Bréfritari: Jakobína Jónsdóttir
Viðtakandi: Sólveig Jónsdóttir
Dagsetning: A-1853-01-04
Skrifað á: Hólmum  S-Múl.
systir bréfviðtakanda

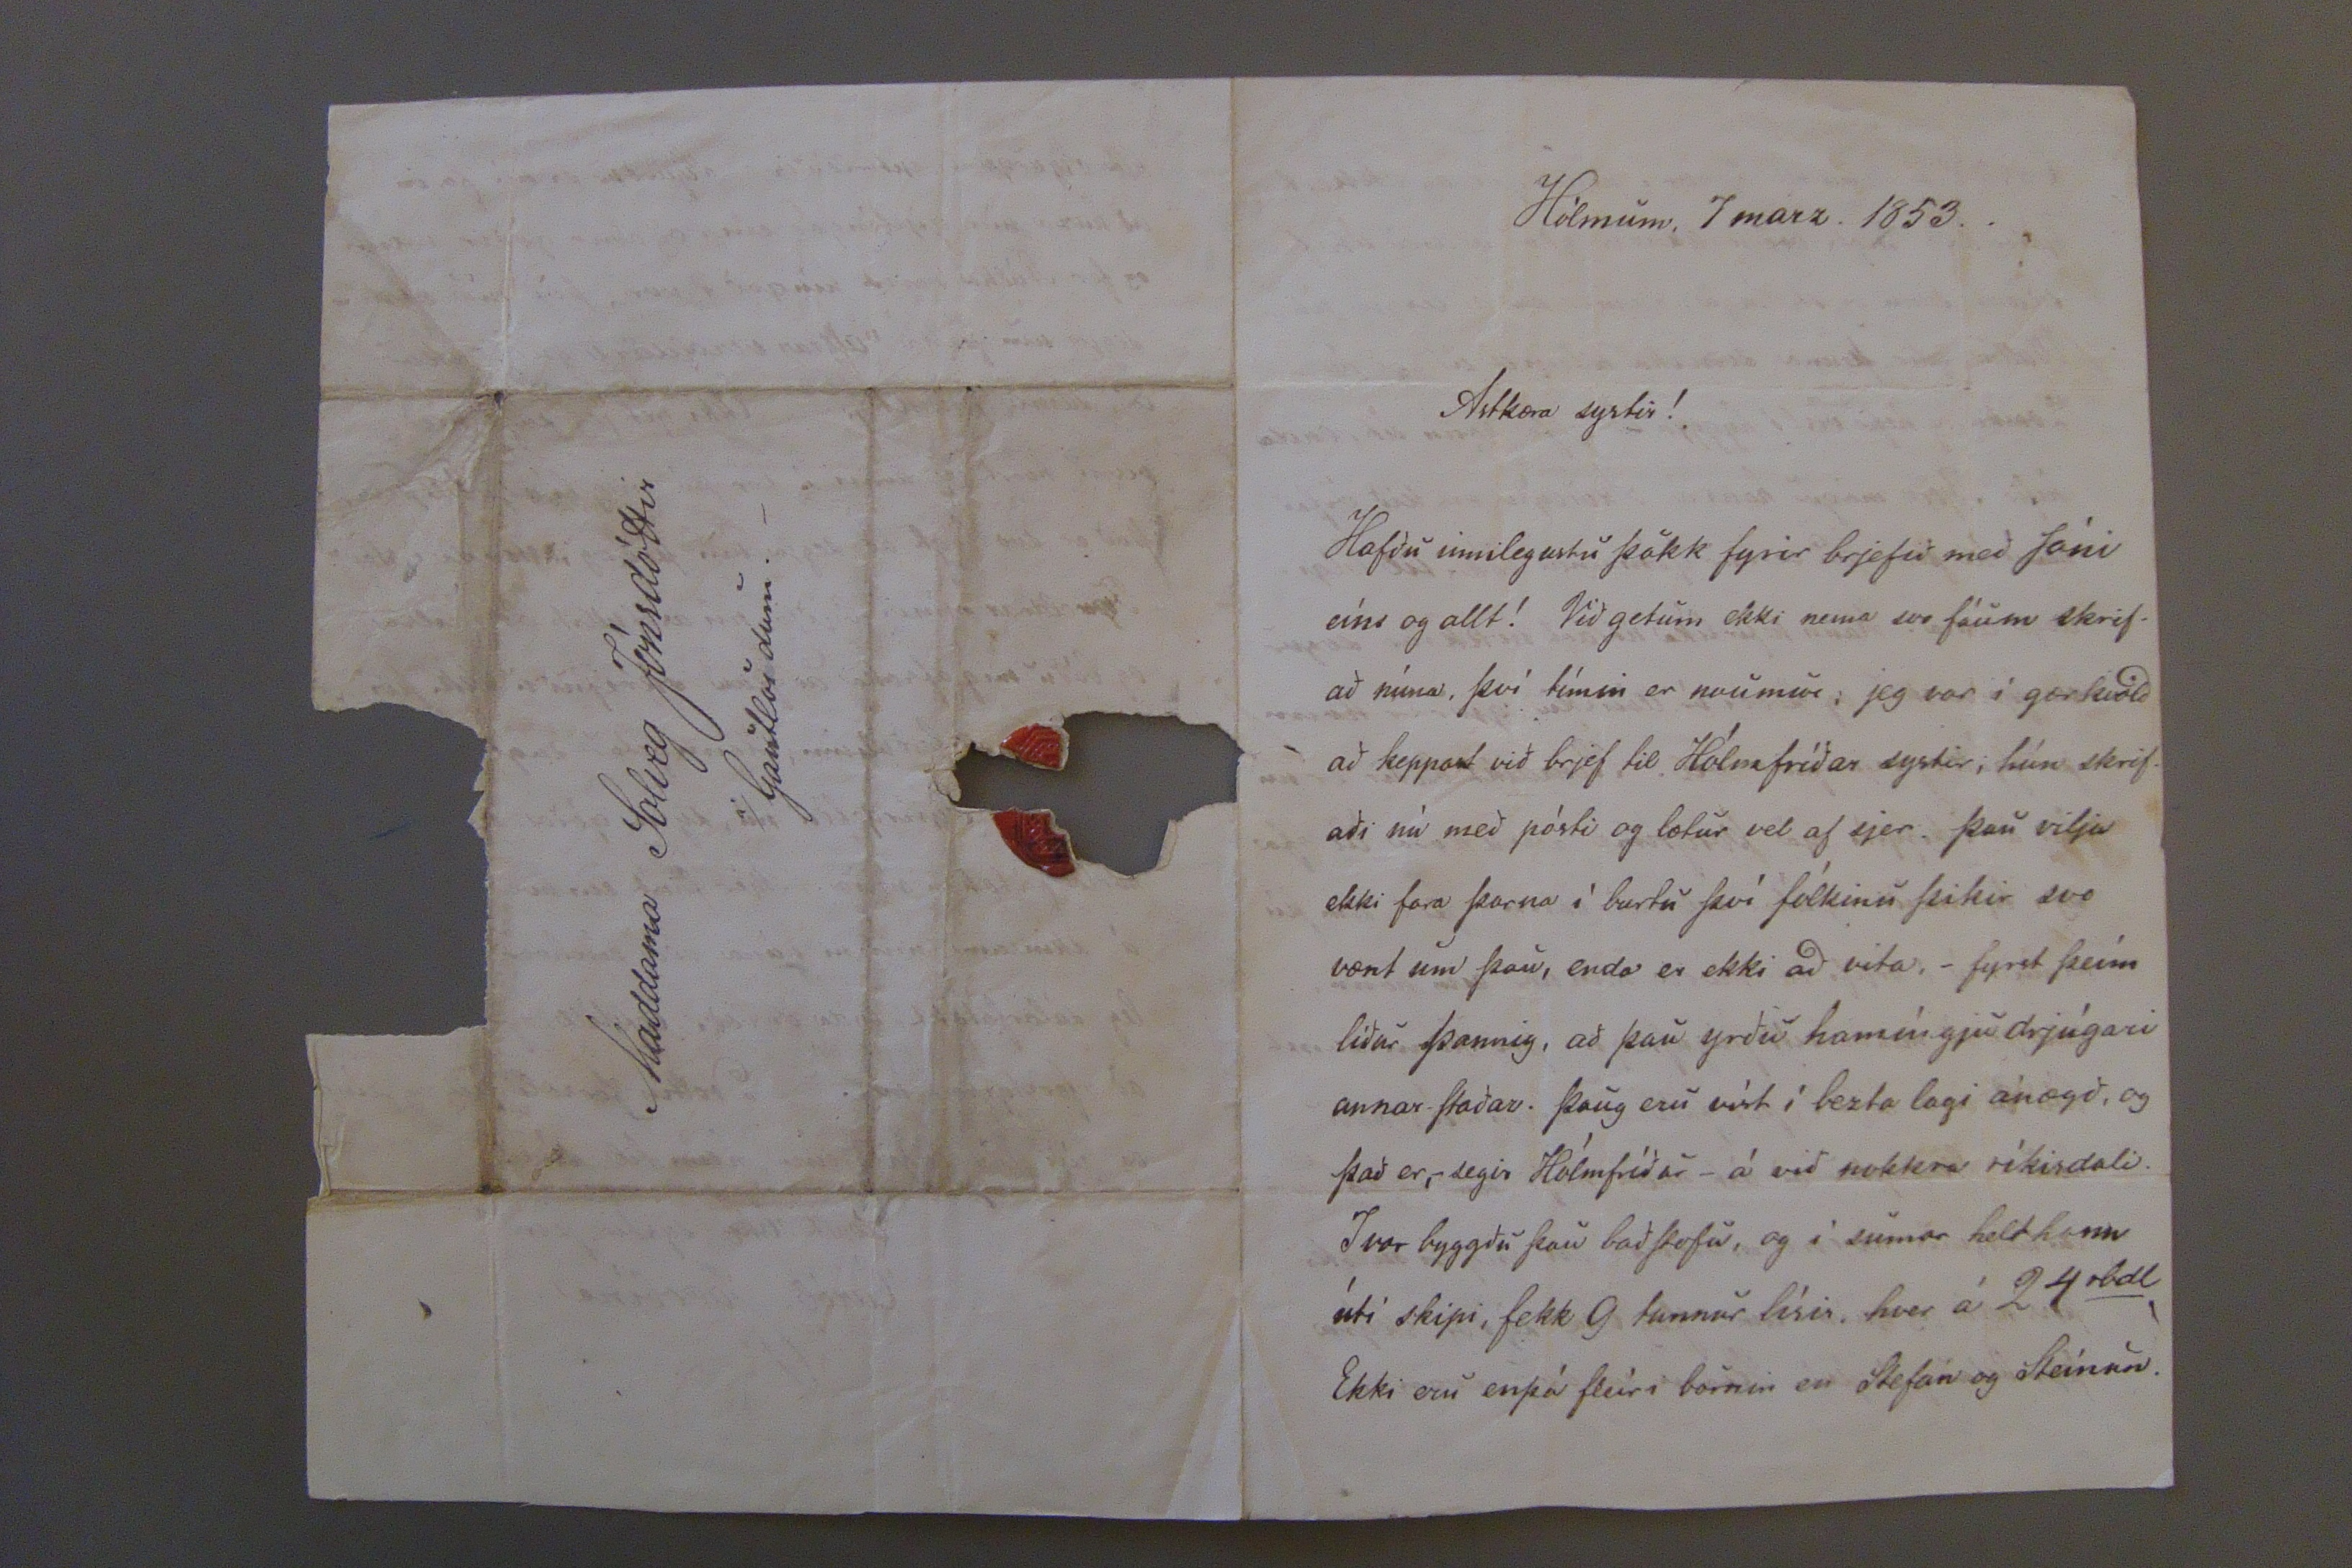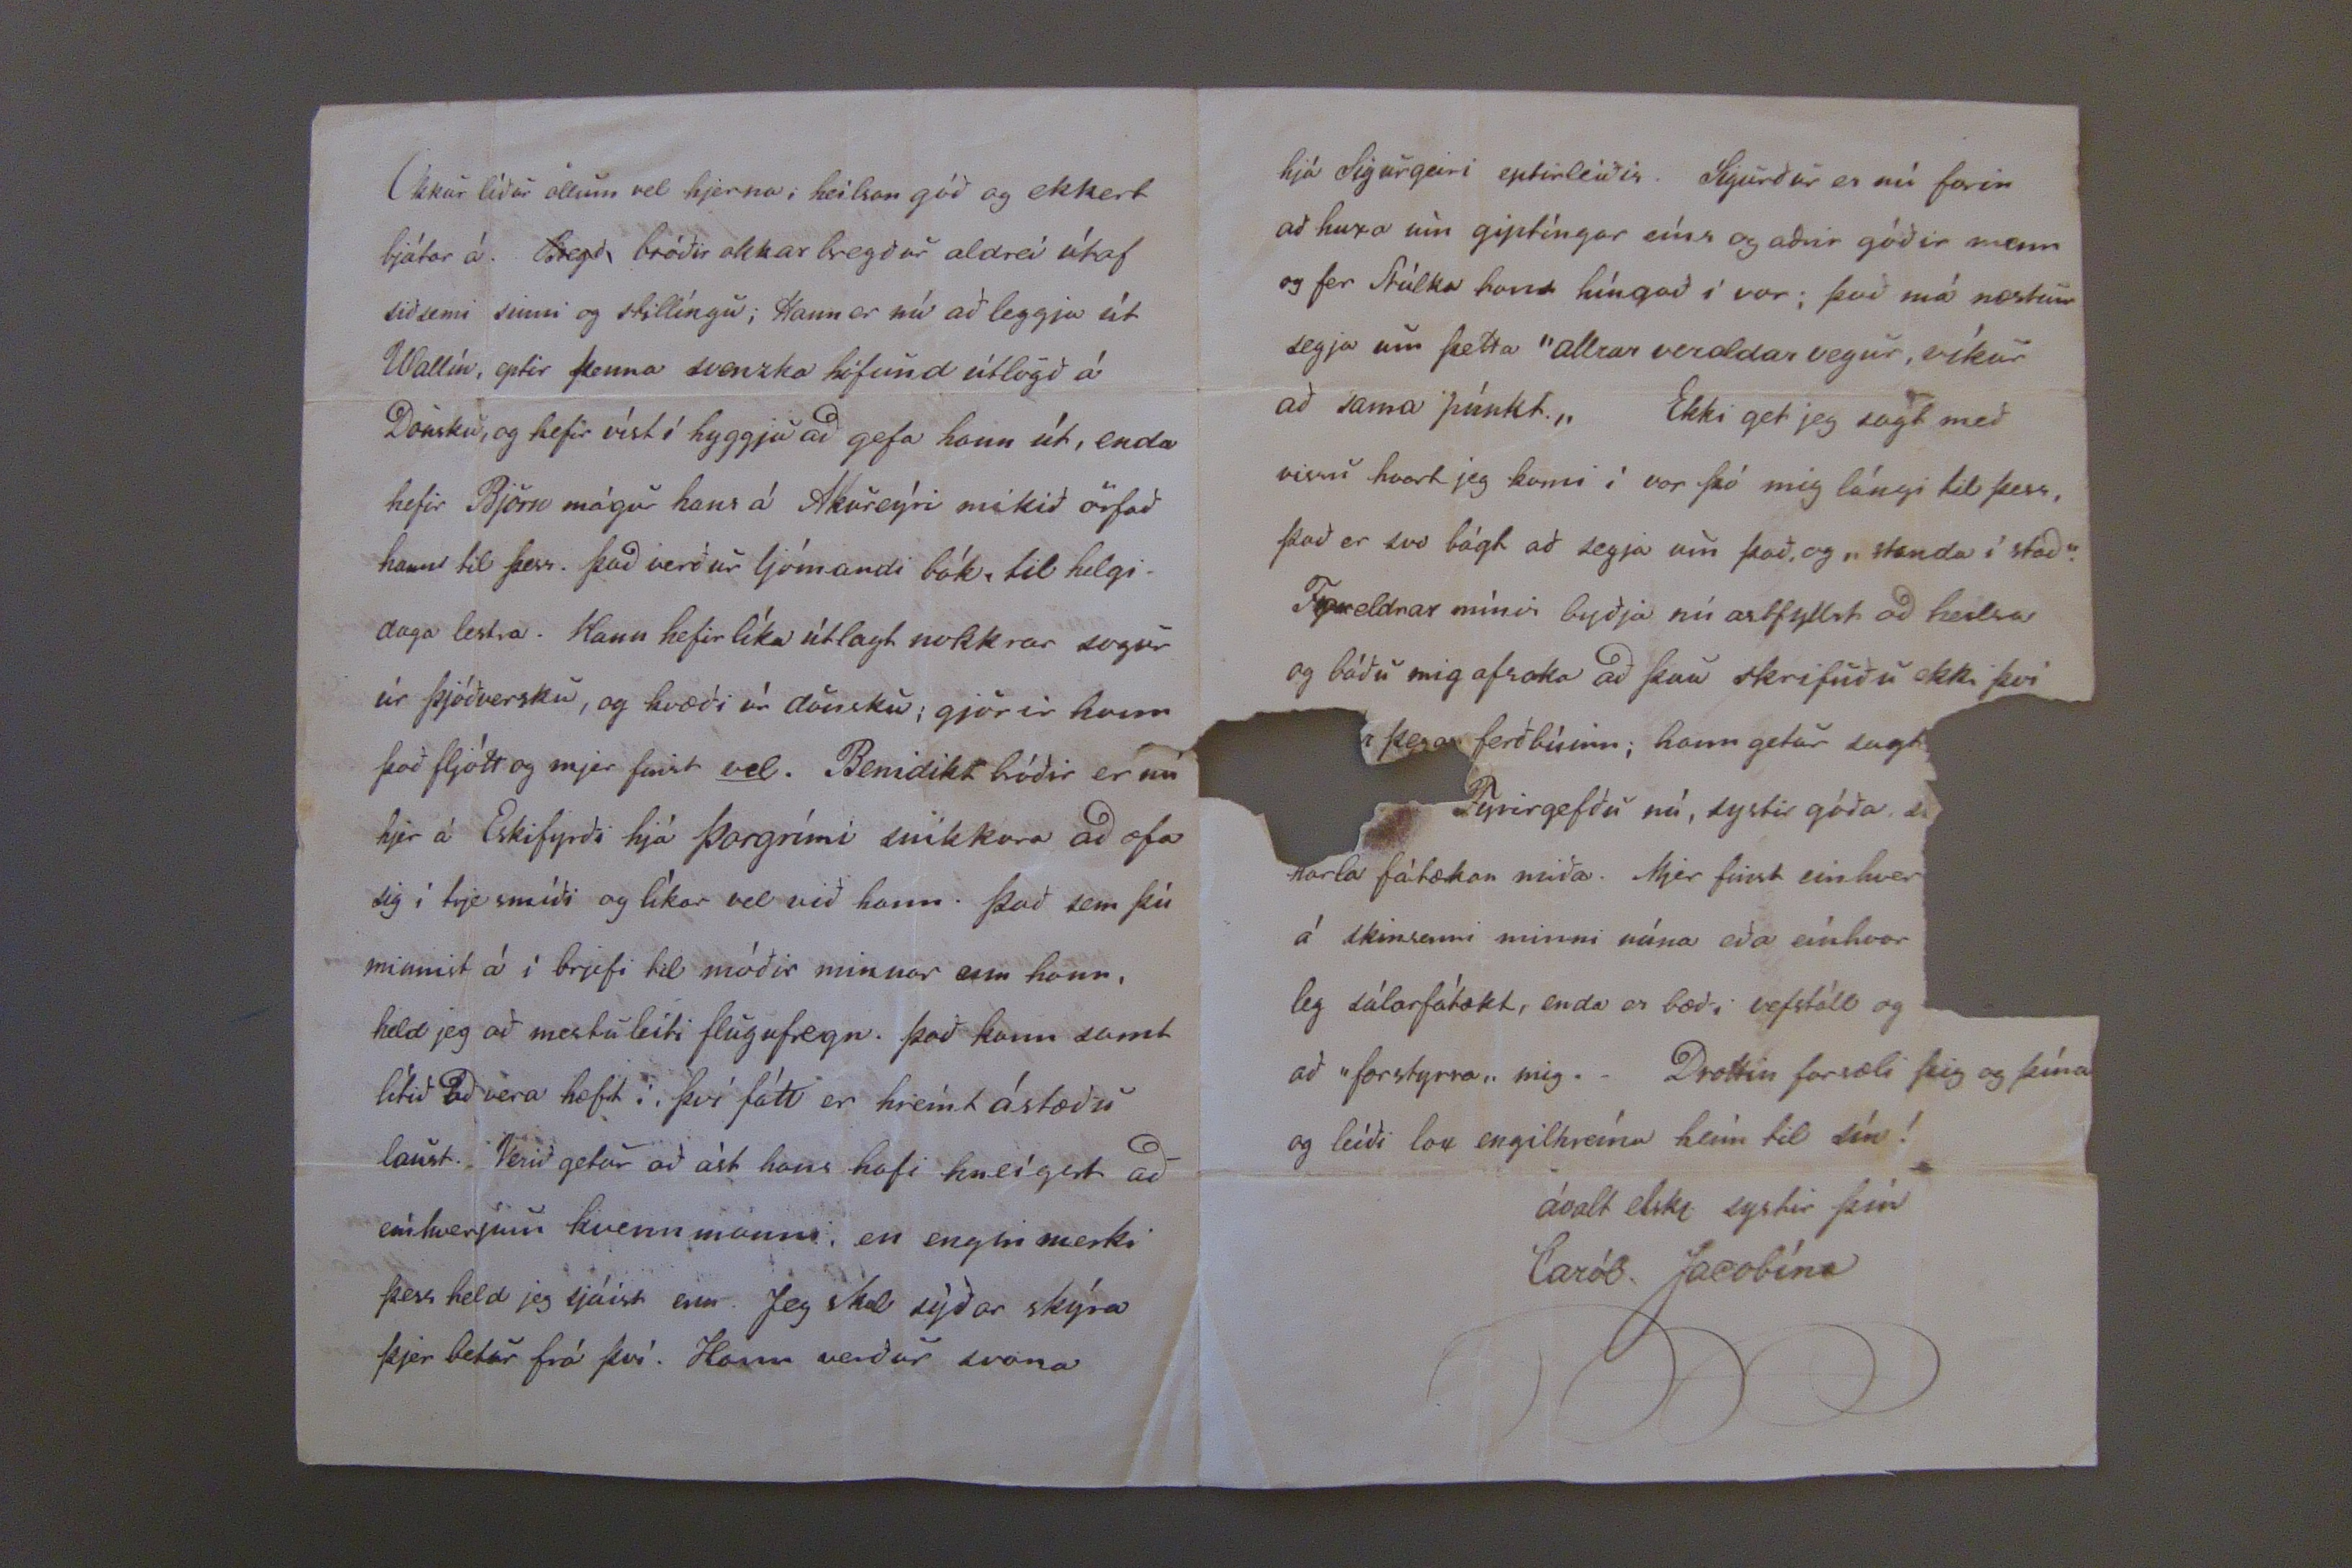

lbs. 2747,
4b
Hólmum 4
da
Jan. 1853.
Ástkæra systir mín góð!
Jeg get nú ekki þakkað þjer eíns og jeg vildi og þú átt skilið, allt systurlegt ágæti. Já, svo margar og góðar áminníngar, og jeg má fullyrða að einkis orð hafa hrært mig eíns og þín, bæði til þakklætis og viðrkenníngar, þó það aldrei hafi sjezt, hefir næstum ekkert frá æskunni, búið eíns fast í hjarta mínu. og upphvatníngar þínar. Æ! jeg vildi þær bæru þar (í hjarta mínu) góðan ávöxt, og jeg veit að ef nokkurmerki framfarar sjást í lífi mínu er það þjer að þakka. Þegar jeg er að skrifa kunningjunum norðr bæði fyrir mig og móðir okkar, man jeg það er órjett að skilja þig eptir, sem átt mjer skilið fremur öllum öðrum að þín sje minst, og þegar það kostar þá ekki nema svona lítinn miða.
Faðir minn skrifar Jóni og þar fáið allar frjettir og um ástand okkar; jeg atla því að láta það allt vera; eínungis að segja frá sjálfri mjer, og því sem faðir minn skilur eptir, af vandamönnum þínum hjer.
Mikið saknaði jeg að fara frá Kirkjubæ, þó jeg væri þar ekki lengi, kyntist jeg við nokkra sem voru mjer svo góðir og innilegir, einkum Þórun og Þórdís á HallfreðarSt. Guðrún Bjarnardóttir á Ketilsstöðum. Jeg var þar í vor eína viku og i erfi eptir Björn föður hennar. Hún var þá vesal, en þó í afturbata, eínkum á sinninu. Það er skaði því hún er svo góð og viðheldin. Jeg hefi skrifað þessum öllum til eptir beýðni þeirra. Sigurgeir bróðir býr vel á Galtastöðum. Þeim er hann þekkja nokkuð þikir hann dugnaðarmaður og góður drengur. Túngumenn ætluðu að taka hann til Hreppstjóra í fyrra, og hann verður það víst þegar Magni hættir. Benidikt bróðir er þar, og verður heldeg eptirleíðis, nema hjer máske við baðstofu byggingu í vor; hann var hjer 2 vikur í sumar. Hann er orðin stór og sterkur og góður vinnumaður, en víst eígi svo vel mentaður sem vera ætti. Smiður góður og vel virkur; glaður í hóp kunningja sinna, en með aldrei heldeg hann verði ókátur. Jeg að vísu get ekki sagt um geðslag hans vel, því hann er orðin svo umbreýttur frá því hann var í
Rhlíð
. sjera Hallgr. líður vel bæði að efnum og jeg held ánægju; hann er
altend
sjálfum sjer líkur. Kristrún er ofurlega heilsulítil; hún lá núna um jólin. Börnin eru nú öll að læra; þau eldri 2 ögn í dönsku og gengur ekki illa, hin yngri að lesa og skrifa. Fríða er búinn að læra fræðin og les vel; hún er mikið heilsugóð.
Hrædd er jeg um að komi ekki svo fljótt norður, Samt ætla jeg nú ekkert vist að segja um það, enn húxa til þess, því jeg man svo vel eptir leikvöll æsku minnar, og jeg verð að sjá hann aptur þegar jeg er komin á hið alvarlegra skeíð lífsins; nú er byrjað 18 árið mitt. Gaman væri ef þú kæmir hjer eínhvorntíma, þá skyldi jeg tala margt og mikið við þig, og þá fengir þú líka nokkuð nítt að sjá.
Fyrirgefðu mjer nú elskuða systir! Þetta sundurlausa rugl. Jeg á að bera þjer alúðarkveðju móðir minnar, og annara vandamanna hjer, eínnig manni þínum og drengjunum litlu, hveím jeg bið líka að heílsa; og útí Arnarvatn. Sigríður Sveinsd. byður einkar vel að heílsa þjer.
I nafni mínu kveð jeg þig með óskum allrar farsældar á nýa árinu eins og öll.
Þín elskandi systir
Bína þín ávalt.
Solveg Jónsdóttir
Hjer hefi jeg allvel unað hag mínum. Hjer er annars mikið annríki og Gestagángur eínkum á sumrin og vorin þegar hólmarnir og dúnin er umfram aðra vinnu, bærin lekur hjer mikið vegna hinna sifeldu rignínga. baðstofuna á að rífa í vor; hún
er
5 eða 4 ára; vegna rúmleýsis í henni eru hjónin framí stofu og börnin og jeg; þar eru hjerumbil 6-8-10 graðar hita. Hún brúkar mig stundum til smávegis sendiferða, svoSem að bera á barð í stofunni og svo framvegis; hún er mjer ofurgóð og mjer finst henni liki ekki svo illa við mig. Fyrir jólin var jeg að sauma ljereptis skirtur og serki og svo prjónaði jeg peísu handa föður mínum með mömmu. Nú er jeg farin að spinna þráð með stúlkunum. Þegar úta líður á jeg að fá að líta ögn í dönsku, og sauma með öðrum, klæðisföt handa Bensa. Við stúlkurnar hjerna fellur mjer vel. Sigríður er góður vinnukvennmaður, víst gáfuð, en það er ekki öllum kunnugt; hún efir átt hvað mikið alvarlegt við sig. Hún fær brjef frá föður sínum og bróðir Jóni; honum geíngur mikið vel í skóla og er sjerlega gáfaður, á hann að skrifast út í vor. I sumar fór hann til Englands og dvaldi fáar vikur, seígir hann ferð þá skemtilega. Sigríður er ad skora á hann að finna sig í sumar. Bjarni rector kvað vera yfirgángssamur við pilta, og stökki þeím
bál
ef ágángslitið verður. þeir kvað líka þola það illa.